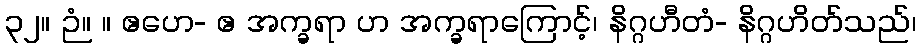
၃၂။ ဉံ။ ။ ဧဟေ- ဧ အက္ခရာ ဟ အက္ခရာကြောင့်၊ နိဂ္ဂဟီတံ- နိဂ္ဂဟိတ်သည်၊